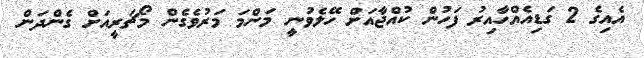
އެއިގެ 2 ގަޑިއެއްހާއިރު ފަހުން ކުއްޖާއަށް ހޭލެވުނީ މަންމަ މަރުވެގެން މޯޗަރީއަށް ގެންދަން